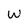
Character: W